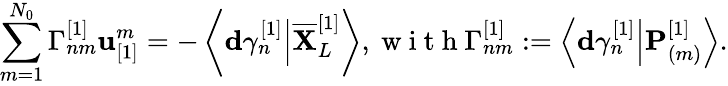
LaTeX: \sum_{m=1}^{N_{0}}\Gamma_{nm}^{[1]}\mathbf{u}_{[1]}^{m}=-\left\langle\mathbf{{d}}\gamma_{n}^{[1]}\Big\vert\overline{{{\mathbf{{X}}}}}_{L}^{[1]}\right\rangle,\mathrm{{~w~i~t~h~}}\Gamma_{nm}^{[1]}:=\left\langle\mathbf{{d}}\gamma_{n}^{[1]}\Big\vert\mathbf{{P}}_{(m)}^{[1]}\right\rangle.